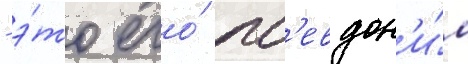
- э́то его́ пс'евдон'и́м